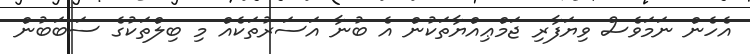
އެހެން ނަމަވެސް ވިޔަފާރި ޖަމްޢިއްޔާތަކުން އެ ބުނާ އަސަރުތަކެއް މި ބިލްތަކުގެ ސަބަބުން